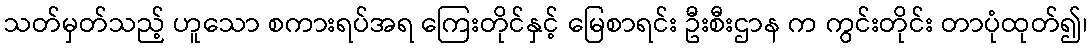
သတ်မှတ်သည့် ဟူသော စကားရပ်အရ ကြေးတိုင်နှင့် မြေစာရင်း ဦးစီးဌာန က ကွင်းတိုင်း တာပုံထုတ်၍၊